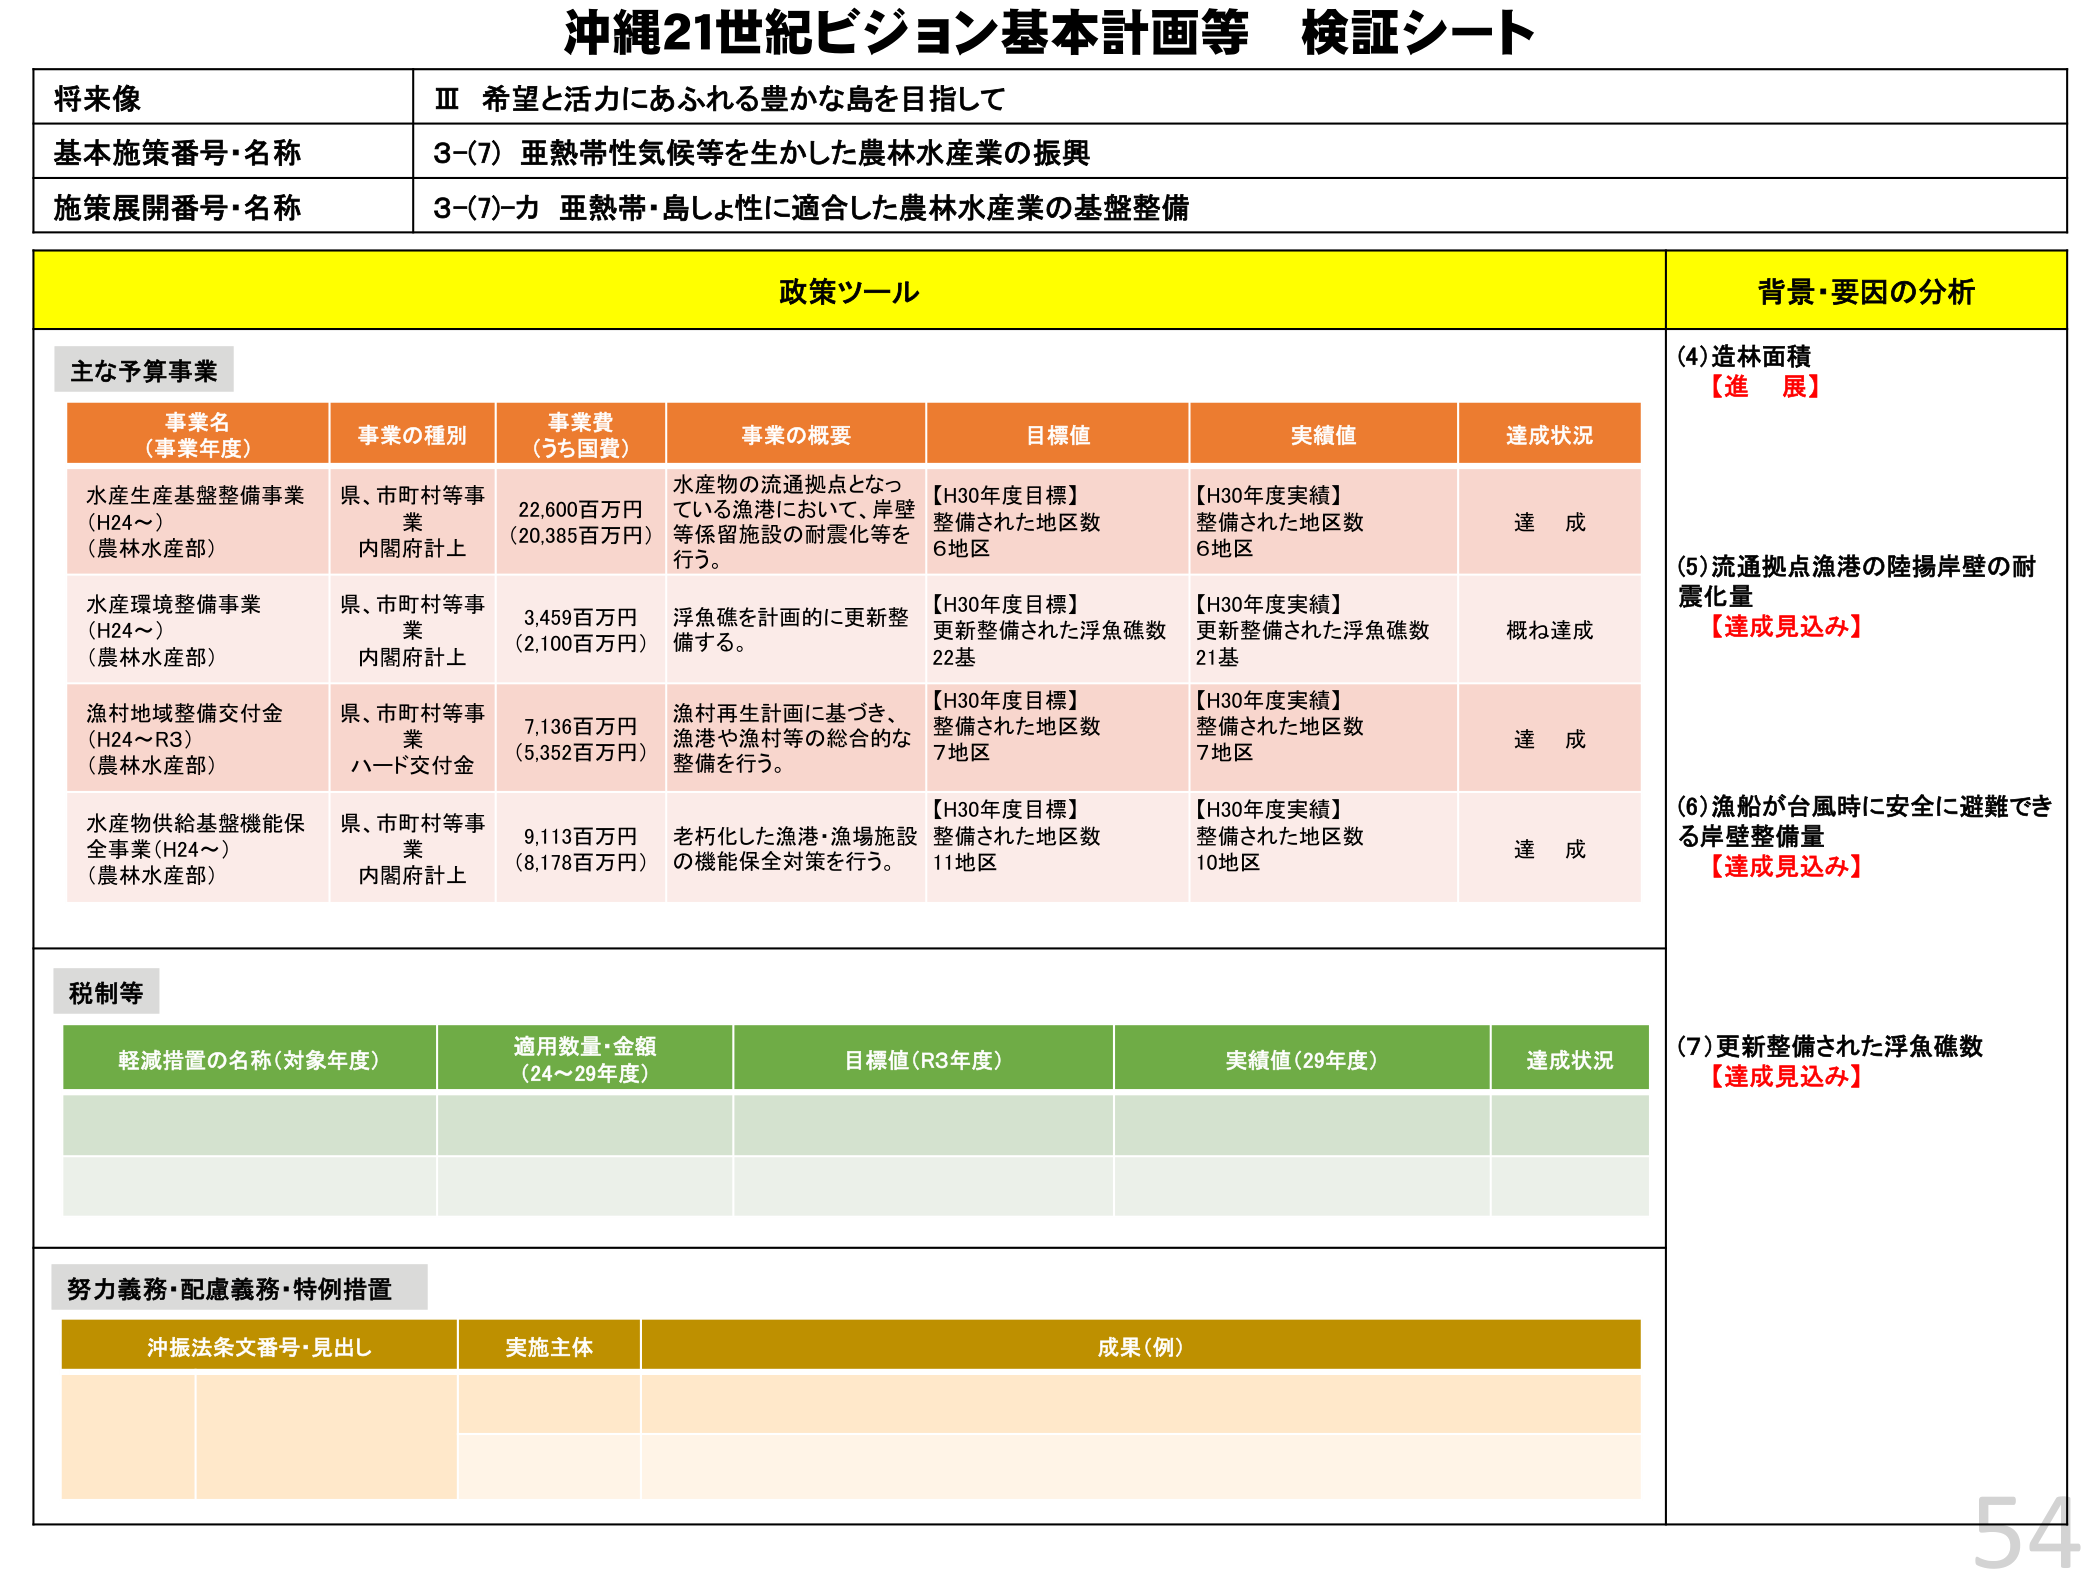
沖縄21世紀ビジョン基本計画等 検証シート

将来像
Ⅲ 希望と活力にあふれる豊かな島を目指して

基本施策番号・名称
3-(7) 亜熱帯性気候等を生かした農林水産業の振興

施策展開番号・名称
3-(7)-カ 亜熱帯・島しょ性に適合した農林水産業の基盤整備

政策ツール

主な予算事業

事業名（事業年度）
事業の種別
事業費（うち国費）
事業の概要
目標値
実績値
達成状況

水産生産基盤整備事業（H24～）（農林水産部）
県、市町村等事業 内閣府計上
22,600百万円（20,385百万円）
水産物の流通拠点となっている漁港において、岸壁等係留施設の耐震化等を行う。
【H30年度目標】整備された地区数 6地区
【H30年度実績】整備された地区数 6地区
達成

水産環境整備事業（H24～）（農林水産部）
県、市町村等事業 内閣府計上
3,459百万円（2,100百万円）
浮魚礁を計画的に更新整備する。
【H30年度目標】更新整備された浮魚礁数 22基
【H30年度実績】更新整備された浮魚礁数 21基
概ね達成

漁村地域整備交付金（H24～R3）（農林水産部）
県、市町村等事業 ハード交付金
7,136百万円（5,352百万円）
漁村再生計画に基づき、漁港や漁村等の総合的な整備を行う。
【H30年度目標】整備された地区数 7地区
【H30年度実績】整備された地区数 7地区
達成

水産物供給基盤機能保全事業（H24～）（農林水産部）
県、市町村等事業 内閣府計上
9,113百万円（8,178百万円）
老朽化した漁港・漁場施設の機能保全対策を行う。
【H30年度目標】整備された地区数 11地区
【H30年度実績】整備された地区数 10地区
達成

税制等

軽減措置の名称（対象年度）
適用数量・金額（24～29年度）
目標値（R3年度）
実績値（29年度）
達成状況

努力義務・配慮義務・特例措置

沖振法条文番号・見出し
実施主体
成果（例）

背景・要因の分析

(4) 造林面積
【進 展】

(5) 流通拠点漁港の陸揚岸壁の耐震化量
【達成見込み】

(6) 漁船が台風時に安全に避難できる岸壁整備量
【達成見込み】

(7) 更新整備された浮魚礁数
【達成見込み】

54